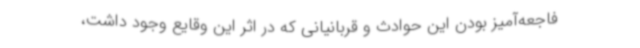
فاجعه‌آمیز بودن این حوادث و قربانیانی که در اثر این وقایع وجود داشت،